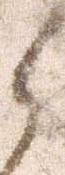
ら